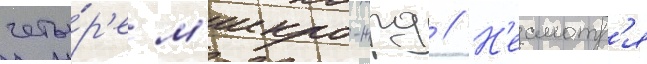
четы́р'е м'икро-жрд // Н'есмотр'я